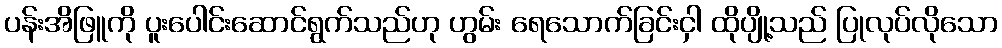
ပန်းအိဖြူကို ပူးပေါင်းဆောင်ရွက်သည်ဟု ဟွမ်း ရေသောက်ခြင်းငှါ ထိုပျို့သည် ပြုလုပ်လိုသော